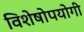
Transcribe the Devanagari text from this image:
विशेषोपयोगी